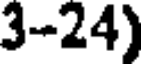
3-24)